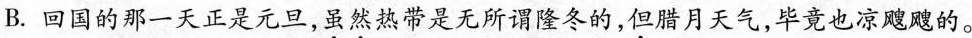
B.回国的那一天正是元旦，虽然热带是无所谓隆冬的，但腊月天气，毕竟也凉飕飕的。